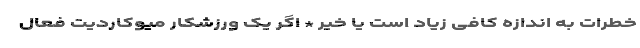
خطرات به اندازه کافی زیاد است یا خیر * اگر یک ورزشکار میوکاردیت فعال